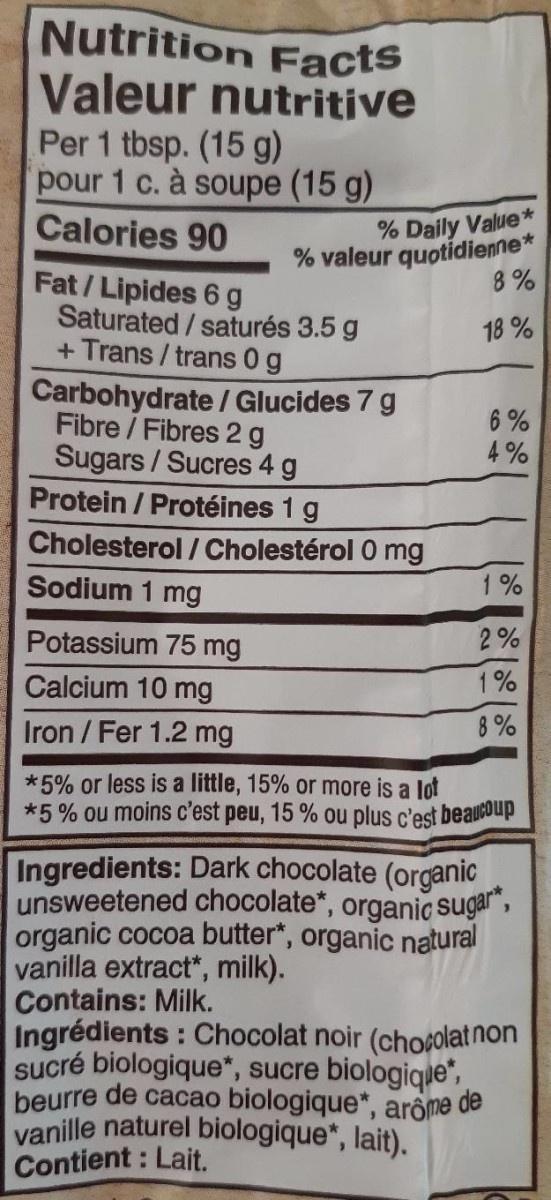
Nutrition Facts Valeur nutritive Per 1 tbsp. (15 g) pour 1 c. à soupe (15 g) Calories 90
% Daily Value* % valeur quotidienne 8%
Fat/Lipides 6 g Saturated / saturés 3.5 g + Trans / trans 0 g
18 %
Carbohydrate / Glucides 7 g Fibre / Fibres 2 g Sugars / Sucres 4 g Protein / Protéines 1 g
6% 4%
Cholesterol / Cholestérol 0 mg
Sodium 1 mg
1%
Potassium 75 mg
2%
Calcium 10 mg
1%
Iron /Fer 1.2 mg
8%
*5% or less is a little, 15% or more is a lot *5 % ou moins c'est peu, 15 % ou plus c'est beaucoup
Ingredients: Dark chocolate (organic unsweetened chocolate*, organic sugar", organic cocoa butter*, organic natural vanilla extract", milk). Contains: Milk. Ingrédients : Chocolat noir (chocolatnon sucré biologique*, sucre biologique", beurre de cacao biologique*, arôme de vanille naturel biologique*, lait). Contient : Lait.